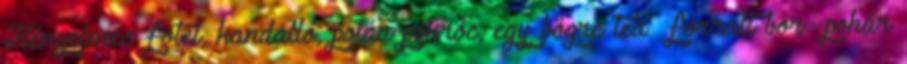
Kényelmes fotel, kandalló, polár pokróc, egy bögre tea forralt bor pohár